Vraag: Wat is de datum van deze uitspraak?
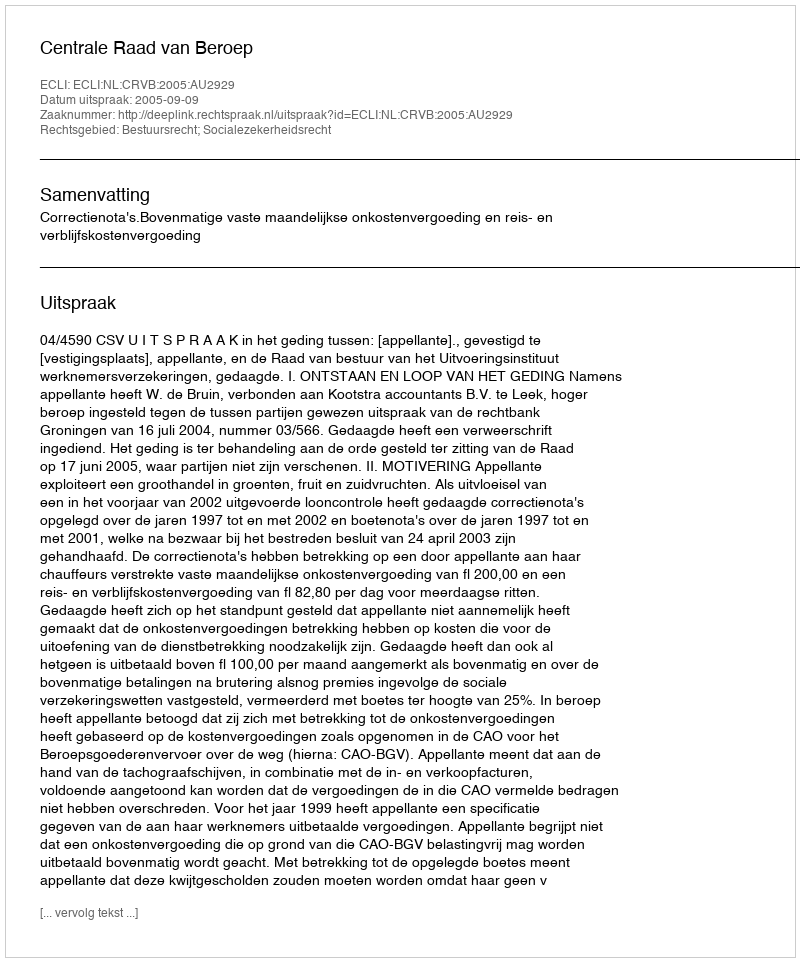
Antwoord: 2005-09-09